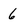
Character: 6